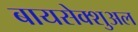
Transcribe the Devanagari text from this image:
बायसेक्शुअल